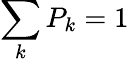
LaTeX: \sum_{k}{P_{k}=1}